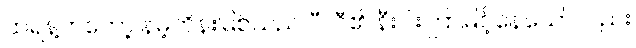
ထရန့်ကတော့ နမ့်တိန်းမြစ်သည် ပီလီ၏ နီးပါးကြာမြင့်နေသော်လည်း